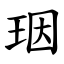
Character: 珚